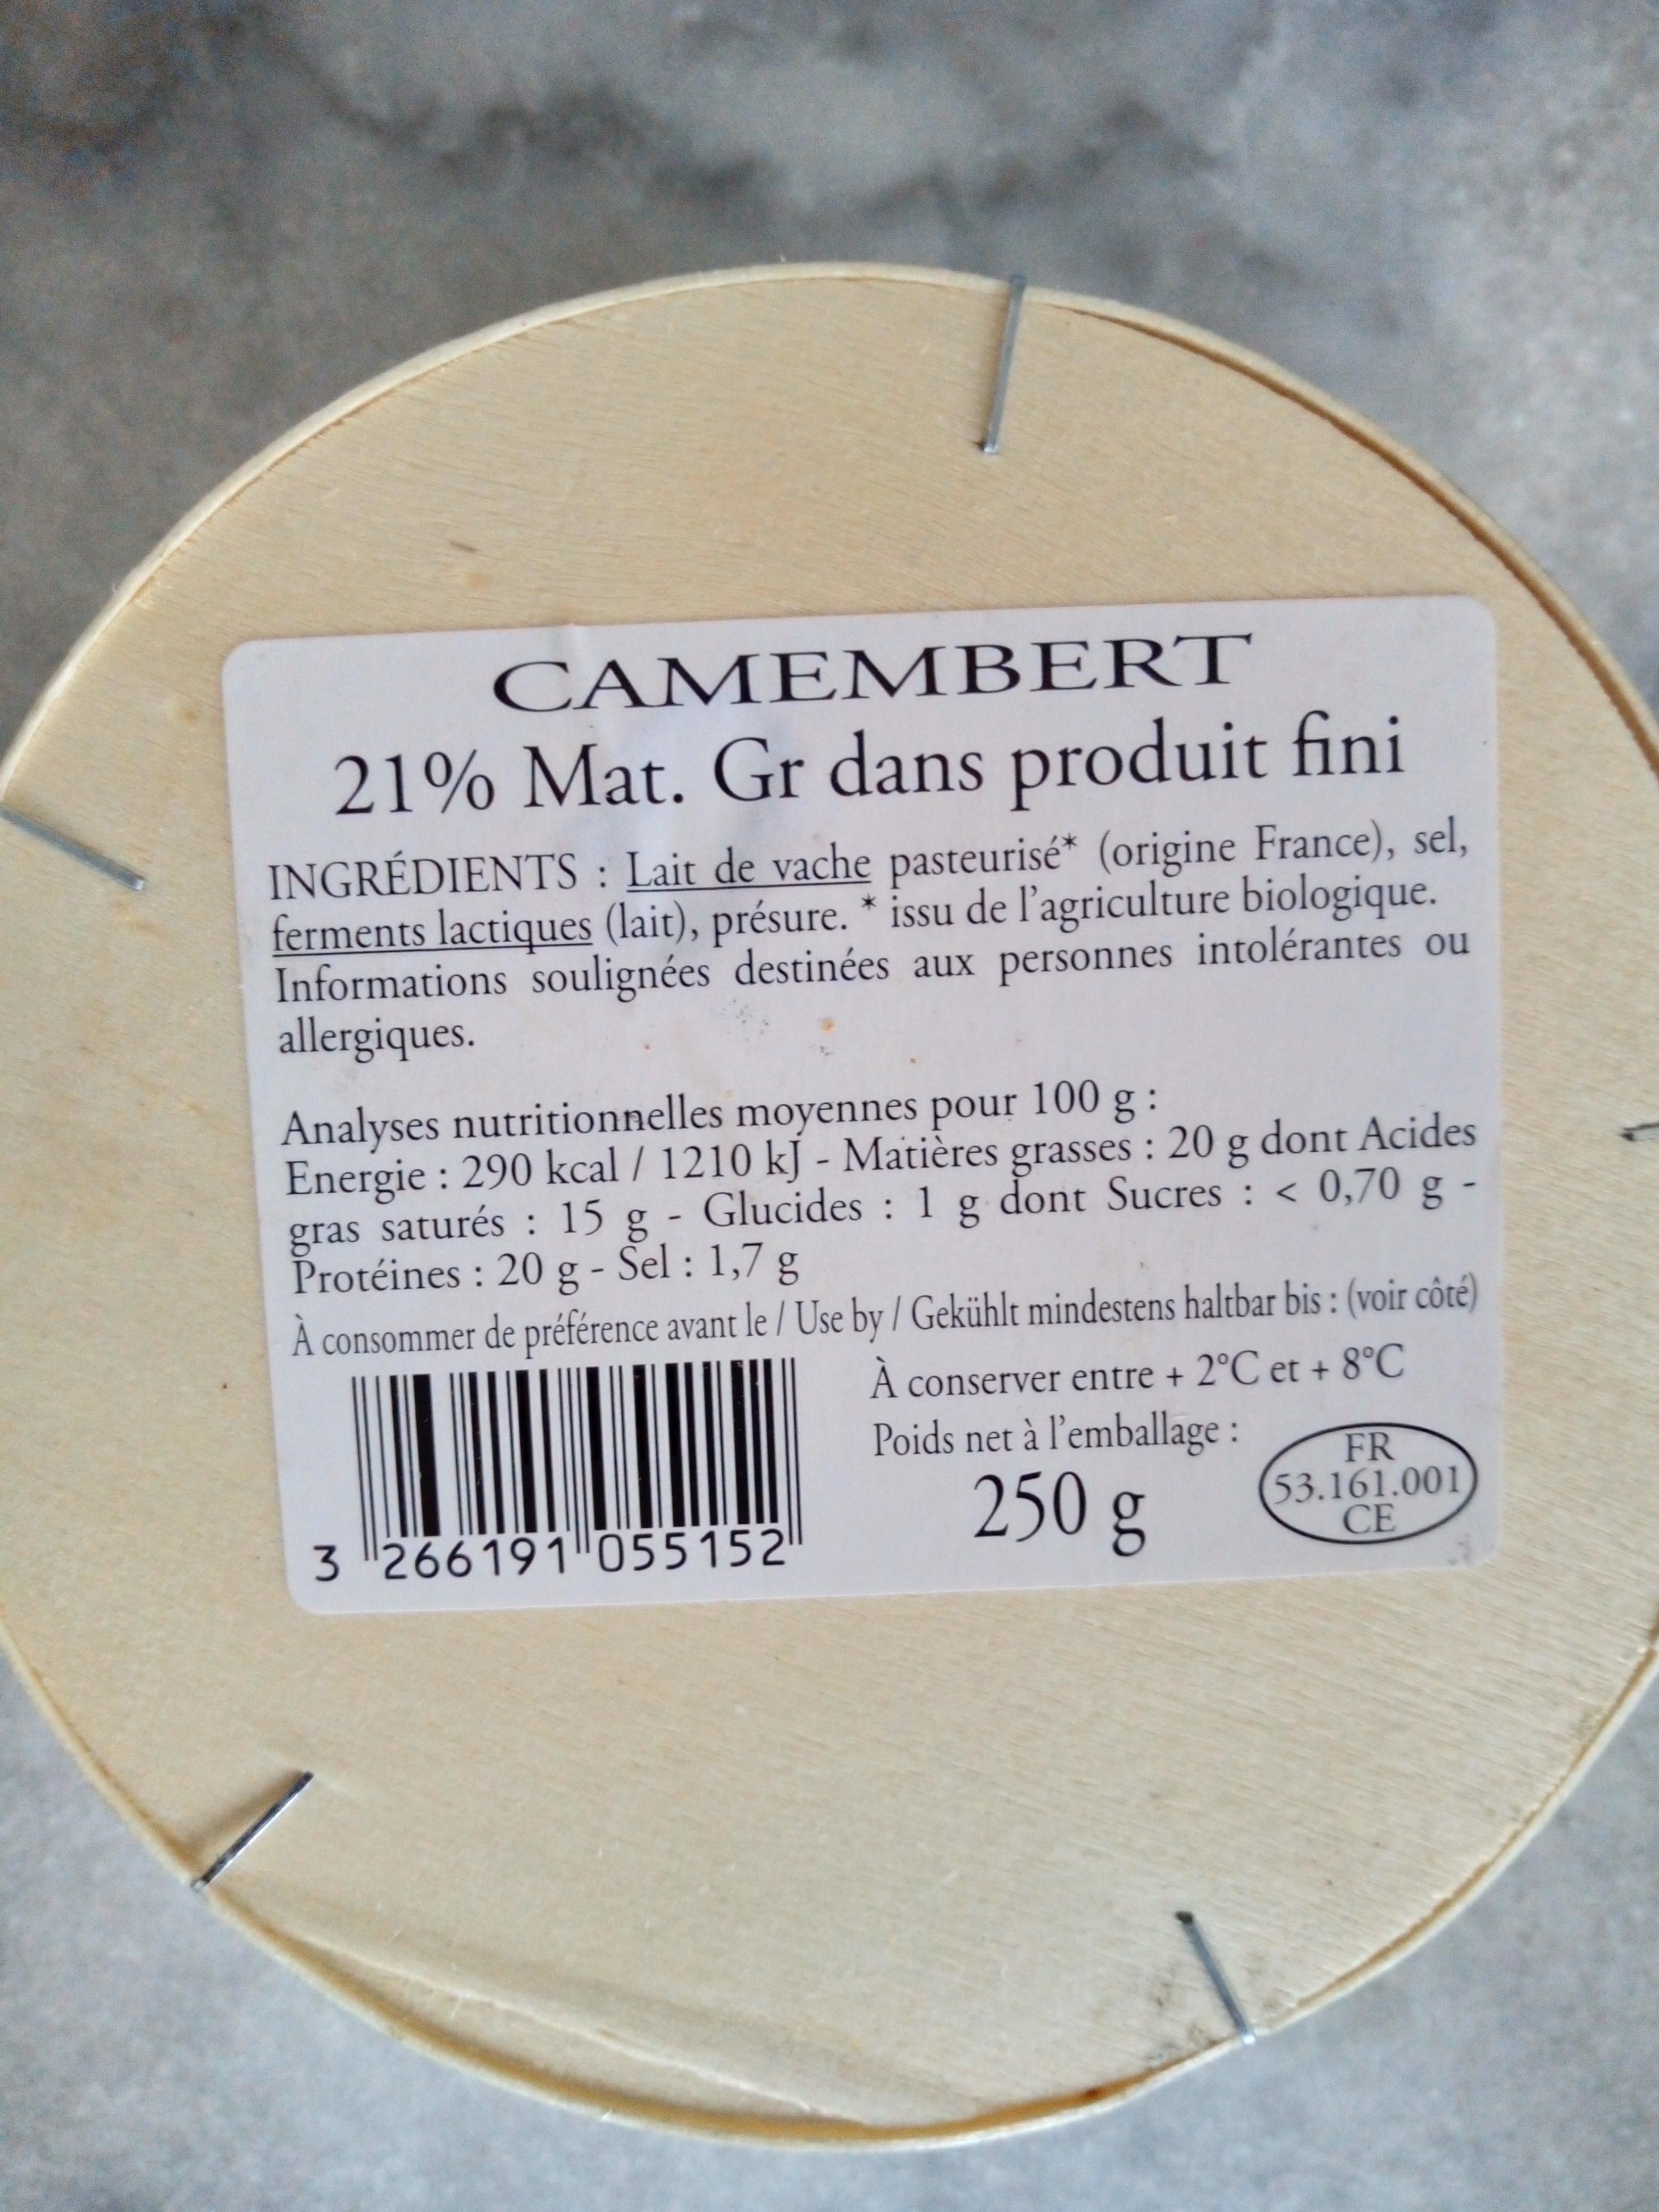
CAMEMBERT
21% Mat. Gr dans produit fini
INGRÉDIENTS: Lait de vache pasteurisé* (origine France), sel, ferments lactiques (lait), présure. * issu de l'agriculture biologique. Informations soulignées destinées aux personnes intolérantes ou allergiques.
Analyses nutritionnelles moyennes pour 100 g:
Energie : 290 kcal / 1210 kJ - Matières grasses: 20 g dont Acides gras saturés: 15 g - Glucides: 1 g dont Sucres : < 0,70 g - Protéines : 20 g - Sel: 1,7 g
À consommer de préférence avant le / Use by / Gekühlt mindestens haltbar bis: (voir côté)
À conserver entre + 2°℃ et + 8°C Poids net à l'emballage:
250 g
3 266191 055152
FR 53.161.001 CE